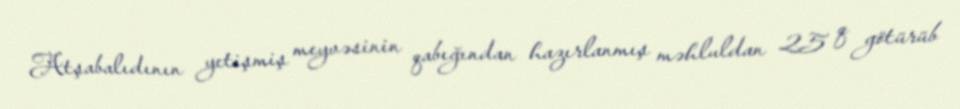
Atşabalıdının yetişmiş meyvəsinin qabığından hazırlanmış məhluldan 25 q götürüb